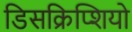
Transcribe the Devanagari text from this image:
डिसक्रिप्शियो